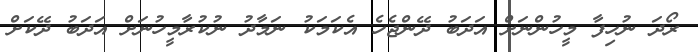
ރޯދަ ނުހިފާ މީހުންނަށް އަދަބު ދޭންޖެހެ އެކަމަކު ނަމާދު ނުކުރާމީހުނަށް އަދަބު ދޭކަށް